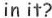
in it?